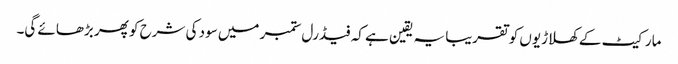
مارکیٹ کے کھلاڑیوں کو تقریبا یہ یقین ہے کہ فیڈرل ستمبر میں سود کی شرح کو پھر بڑھائے گی۔